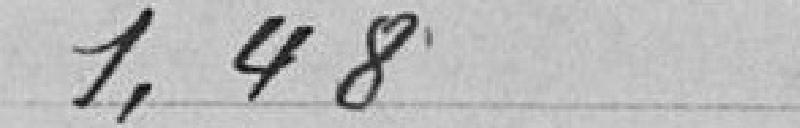
1, 48